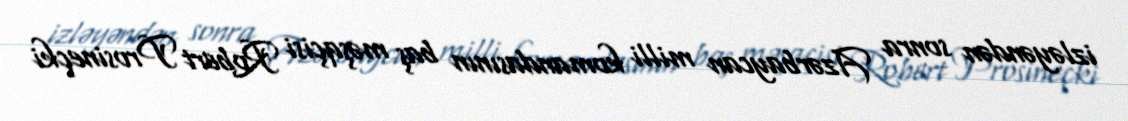
izləyəndən sonra Azərbaycan milli komandasının baş məşqçisi Robert Prosineçki